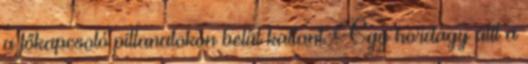
a főkapcsoló pillanatokon belül kattant. Egy hordágy állt a